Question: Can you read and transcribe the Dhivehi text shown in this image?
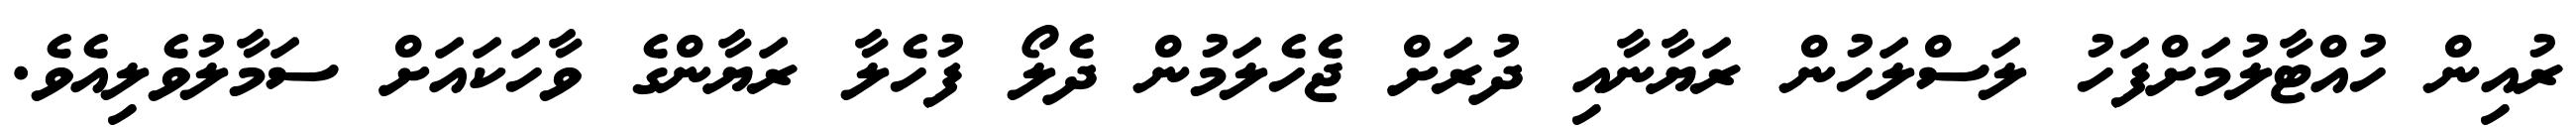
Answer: ރުއިން ހުއްޓާލުމަށްފަހު ލަސްލަހުން ރަޔާނާއި ދުރަށް ޖެހެލަމުން ދެލޯ ފުހެލާ ރަޔާންގެ ވާހަކައަށް ސަމާލުވެލިއެވެ.